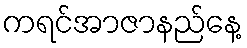
ကရင်အာဇာနည်နေ့